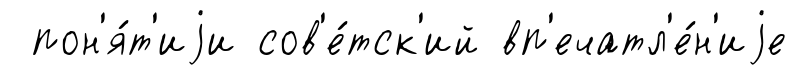
пон'я́т'иjи сов'е́тск'ий вп'ечатл'е́н'иjе